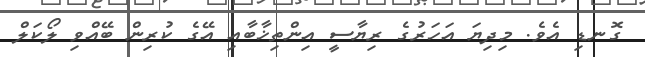
ގޮނޑި އެވެ. މިދިޔަ އަހަރުގެ ރިޔާސީ އިންތިޚާބާއި އޭގެ ކުރިން ބޭއްވި ލޯކަލް